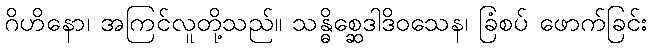
ဂိဟိနော၊ အကြင်လူတို့သည်။ သန္ဓိစ္ဆေဒါဒိဝသေန၊ ခြံစပ် ဖောက်ခြင်း